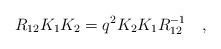
LaTeX: \begin{align*}R_{12} K_{1} K_{2} = q^{2} K_{2} K_{1} R_{12}^{-1}\quad,\end{align*}